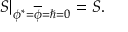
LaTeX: \left. S \right| _ { \phi ^ { \ast } = \overline { { { \phi } } } = \hbar = 0 } = { \cal S } .